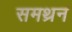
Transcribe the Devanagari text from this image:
समथ्रन